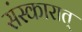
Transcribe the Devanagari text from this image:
संस्कारात्